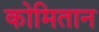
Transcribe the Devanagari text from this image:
कोमितान